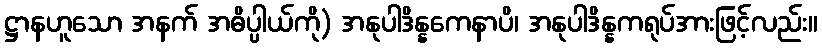
ဋ္ဌာနဟူသော အနက် အဓိပ္ပါယ်ကို) အနုပါဒိန္နကေနာပိ၊ အနုပါဒိန္နကရုပ်အားဖြင့်လည်း။